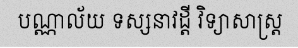
បណ្ណាល័យ ទស្សនាវដ្តី វិទ្យាសាស្ត្រ